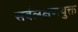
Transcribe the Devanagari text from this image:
सर्वलक्षणयुक्त